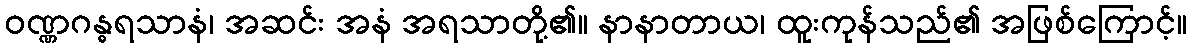
ဝဏ္ဏဂန္ဓရသာနံ၊ အဆင်း အနံ အရသာတို့၏။ နာနာတာယ၊ ထူးကုန်သည်၏ အဖြစ်ကြောင့်။